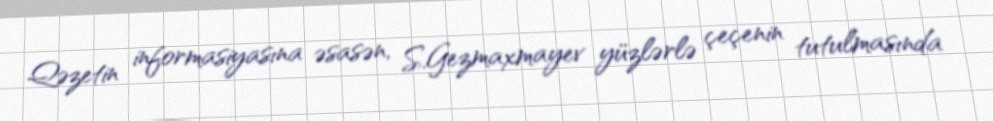
Qəzetin informasiyasına əsasən, S.Gezmaxmayev yüzlərlə çeçenin tutulmasında